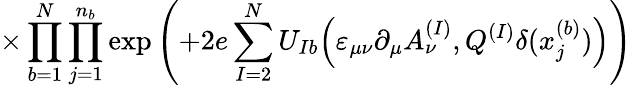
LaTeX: \times\prod_{b=1}^{N}\prod_{j=1}^{n_{b}}\exp\left(+2e\sum_{I=2}^{N}U_{Ib}\Big(\varepsilon_{\mu\nu}\partial_{\mu}A_{\nu}^{(I)},Q^{(I)}\delta(x_{j}^{(b)})\Big)\right)